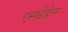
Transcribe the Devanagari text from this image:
एस्फोडेल